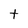
Character: t